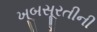
ખૂબસૂરતીની